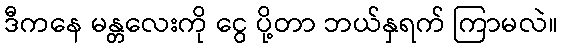
ဒီကနေ မန္တလေးကို ငွေ ပို့တာ ဘယ်နှရက် ကြာမလဲ။